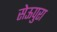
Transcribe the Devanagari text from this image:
सेऊपुरा